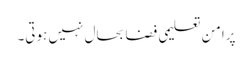
پرامن تعلیمی فضا بحال نہیں ہوتی۔